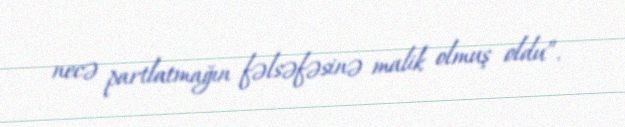
necə partlatmağın fəlsəfəsinə malik olmuş oldu”.